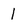
Character: 1